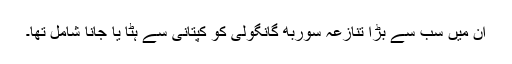
ان میں سب سے بڑا تنازعہ سوربھ گانگولی کو کپتانی سے ہٹا یا جانا شامل تھا۔